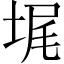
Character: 𰉵